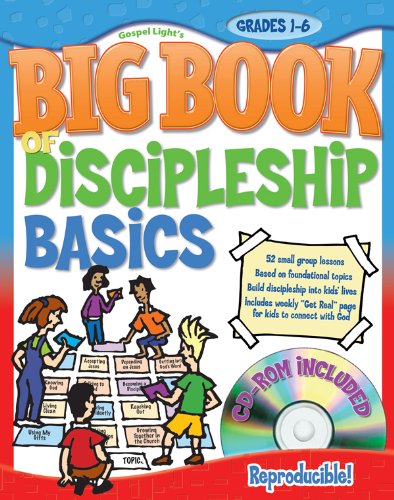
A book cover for The Big Book of Discipleship Basics: 52 small-group lessons; step-by-step format for leading small group; gives you amazing opportunities for discipleship (Big Books); Gospel Light; Children's Books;